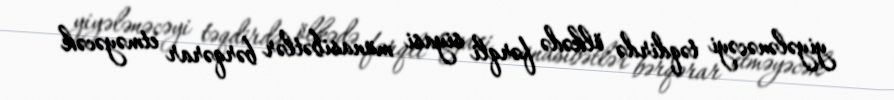
yiyələnəcəyi təqdirdə ölkədə fərqli siyasi münasibətlər bərqərar etməyəcək